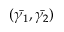
( \bar { \gamma _ { 1 } } , \bar { \gamma _ { 2 } } )